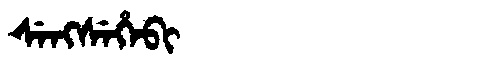
Manchu: ᠰᡝᠩᠰᡝᡥᡝᠪᡳ
Romanization: SENGSEHEBI